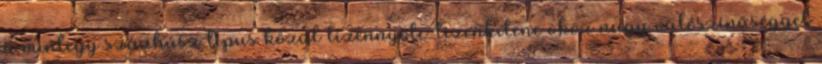
a mintegy százhúsz típus közül tizennyolc-tizenkilenc okoz nagy valószínűséggel